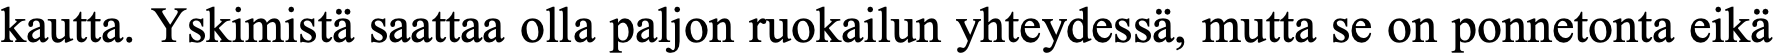
kautta. Yskimistä saattaa olla paljon ruokailun yhteydessä, mutta se on ponnetonta eikä